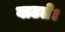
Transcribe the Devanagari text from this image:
वाटते।